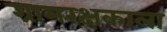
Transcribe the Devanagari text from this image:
ग्रामरक्षकाला